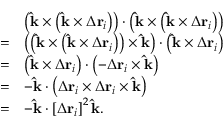
{ \begin{array} { r l } & { \left( \mathbf { \hat { k } } \times \left( \mathbf { \hat { k } } \times \Delta \mathbf { r } _ { i } \right) \right) \cdot \left( \mathbf { \hat { k } } \times \left( \mathbf { \hat { k } } \times \Delta \mathbf { r } _ { i } \right) \right) } \\ { = } & { \left( \left( \mathbf { \hat { k } } \times \left( \mathbf { \hat { k } } \times \Delta \mathbf { r } _ { i } \right) \right) \times \mathbf { \hat { k } } \right) \cdot \left( \mathbf { \hat { k } } \times \Delta \mathbf { r } _ { i } \right) } \\ { = } & { \left( \mathbf { \hat { k } } \times \Delta \mathbf { r } _ { i } \right) \cdot \left( - \Delta \mathbf { r } _ { i } \times \mathbf { \hat { k } } \right) } \\ { = } & { - \mathbf { \hat { k } } \cdot \left( \Delta \mathbf { r } _ { i } \times \Delta \mathbf { r } _ { i } \times \mathbf { \hat { k } } \right) } \\ { = } & { - \mathbf { \hat { k } } \cdot \left[ \Delta \mathbf { r } _ { i } \right] ^ { 2 } \mathbf { \hat { k } } . } \end{array} }